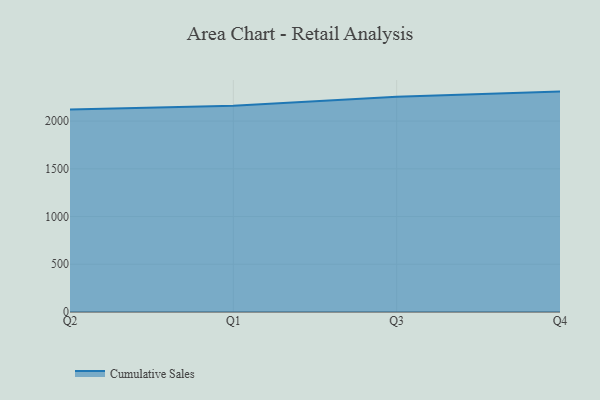
{"axis": {"x": "Quarter", "y": "Conversion Rate (%)"}, "legend": ["Cumulative Sales"], "data": [{"x": "Q2", "y": 2120.6, "type": "Cumulative Sales"}, {"x": "Q1", "y": 2161.7, "type": "Cumulative Sales"}, {"x": "Q3", "y": 2254.5, "type": "Cumulative Sales"}, {"x": "Q4", "y": 2309.3, "type": "Cumulative Sales"}]}